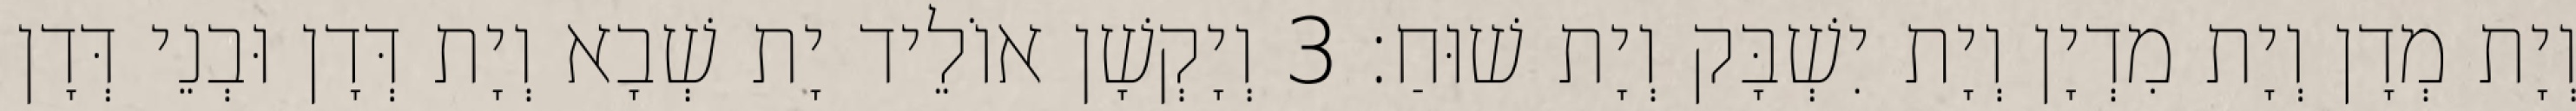
וְיָת מְדָן וְיָת מִדְיָן וְיָת יִשְׁבָּק וְיָת שׁוּחַ׃ 3 וְיָקְשָׁן אוֹלֵיד יָת שְׁבָא וְיָת דְּדָן וּבְנֵי דְּדָן